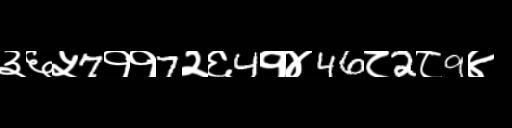
Text: ३६५7११7२६4१४46८2८9४